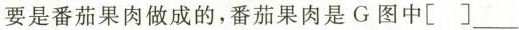
要是番茄果肉做成的，番茄果肉是G图中[]___